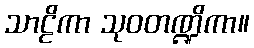
သာဠိကာ သုဝတဏ္ဍိကာ။